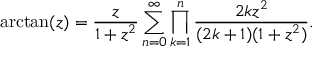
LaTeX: \arctan ( z ) = { \frac { z } { 1 + z ^ { 2 } } } \sum _ { n = 0 } ^ { \infty } \prod _ { k = 1 } ^ { n } { \frac { 2 k z ^ { 2 } } { ( 2 k + 1 ) ( 1 + z ^ { 2 } ) } } .